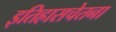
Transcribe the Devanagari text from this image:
इतिहासचेतना